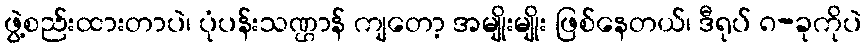
ဖွဲ့စည်းထားတာပဲ၊ ပုံပန်းသဏ္ဌာန် ကျတော့ အမျိုးမျိုး ဖြစ်နေတယ်၊ ဒီရုပ် ၈-ခုကိုပဲ